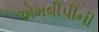
એમવીપીની